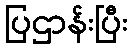
ပြဌာန်းပြီး